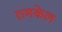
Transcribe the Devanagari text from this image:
रामकेल